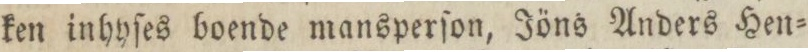
ken inhyſes boende mansperſon, Jöns Anders Hen=